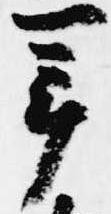
年